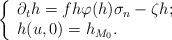
LaTeX: \begin{align*}\left\{ \begin{array}{ll}\partial_th= f h\varphi(h)\sigma_n-\zeta h;\\h(u,0)=h_{M_0}. \end{array}\right.\end{align*}